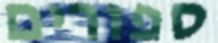
ספורים